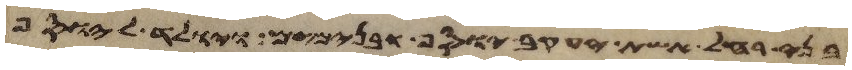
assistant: בני רחל אשת יעקב יוסף ובנימים ויולד ליוסף